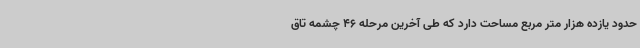
حدود یازده هزار متر مربع مساحت دارد که طی آخرین مرحله 46 چشمه تاق